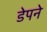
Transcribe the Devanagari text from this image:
डेपने